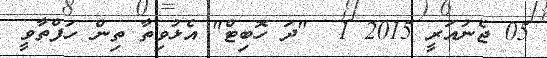
05 ޖެނުއަރީ 2015 1  "ދަ ހޮބިޓް" އެޅުވިތާ ތިން ހަފްތާވީ